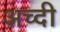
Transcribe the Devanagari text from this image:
अच्दी